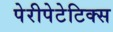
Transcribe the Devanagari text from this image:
पेरीपेटेटिक्स